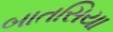
બાતસિયા